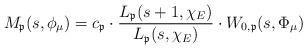
LaTeX: \begin{align*}M_\mathfrak{p}(s,\phi_\mu) = c_\mathfrak{p} \cdot \frac{L_\mathfrak{p}(s+1,\chi_E) }{ L_\mathfrak{p} (s,\chi_E)} \cdot W_{0,\mathfrak{p}}(s,\Phi_\mu)\end{align*}